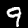
Label: 9